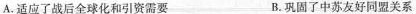
A.适应了战后全球化和引资需要 B.巩固了中苏友好同盟关系